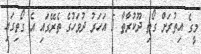
މީގެ އިތުރަށް ގޯތި ދޫކުރާތާ 5 އަހަރު ދުވަހުގެ ތެރޭގައި އެ ގޯތިގައި